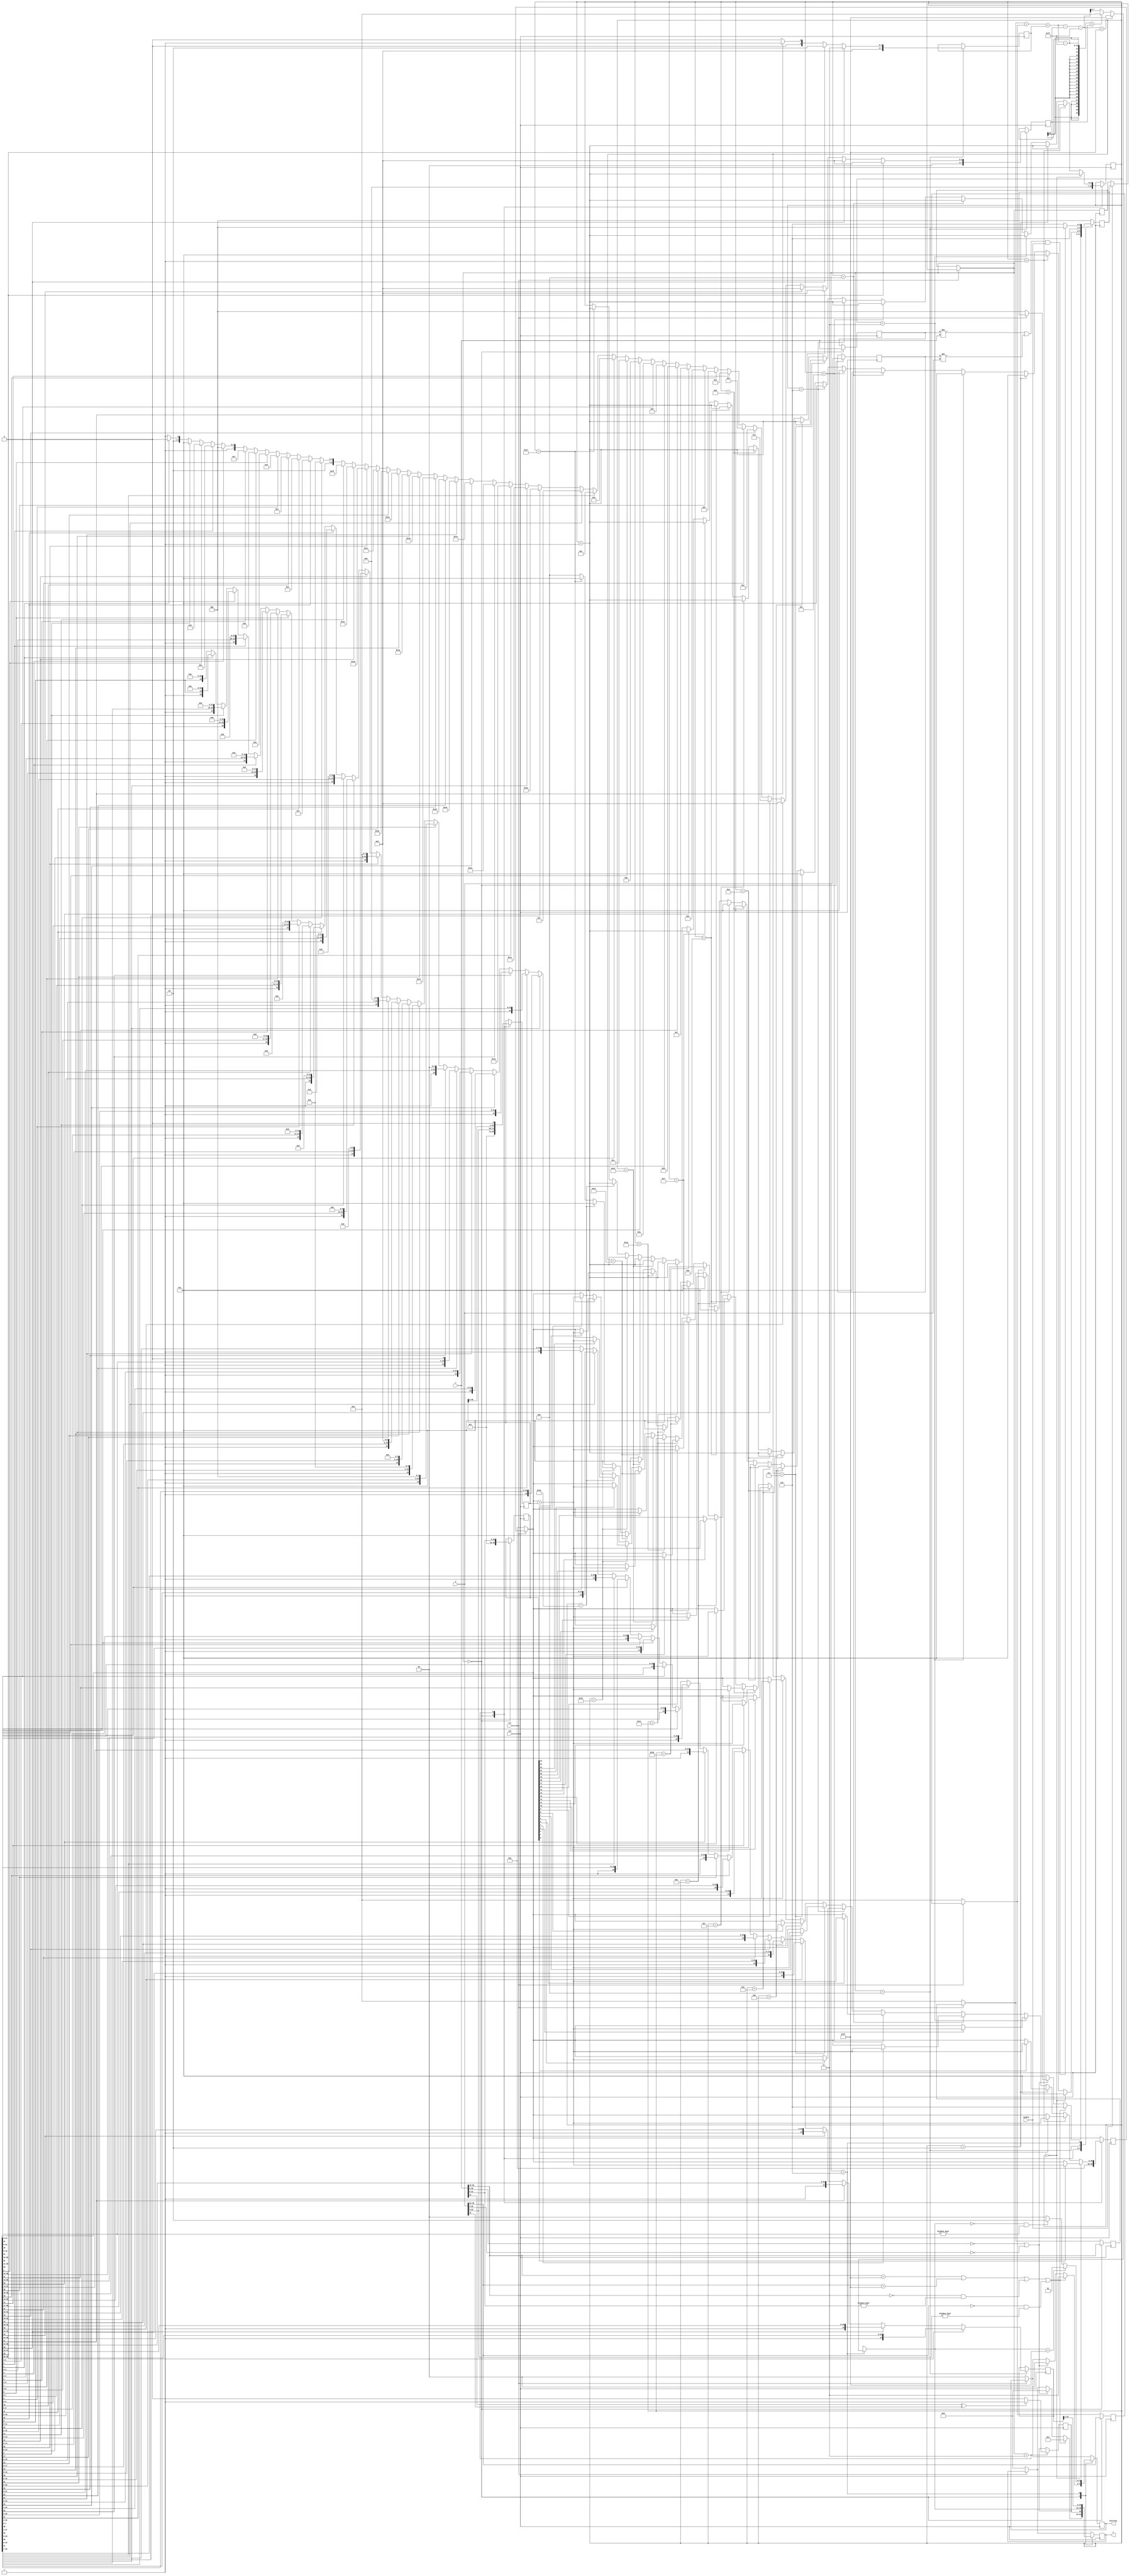
module floatmul(clk, rst, enable, x, y, z,overflow);

   	input clk;
	input rst;
	input enable;
	input [31:0] x;
	input [31:0] y;

        //input add;//add=1:add case  add=0:sub case
	output [31:0] z;
	output [1:0] overflow;//00:no overflow 01:upflow 10:downflow 11:the input does not meet format

	reg [31:0] z; // z=x+y 
	reg[24:0] xm, ym, zm_final; //fraction part, 0+ 1+[22:0]
	reg[49:0] zm, xm1, ym1;
	reg[6:0]  mulshift = 0;
	reg[7:0] xe, ye, ze,teste;  //exponent part
	reg[2:0]	state, nextstate;       //FSM
	reg zsign; //sign part
	reg [1:0] overflow;
	reg [31:0] cmp_x;
	reg [31:0] cmp_y;
	reg [7:0] shift_1, shift_2;
	reg [9:0] e_temp=0;

	parameter start=3'b000,one_zero=3'b001,ex_add=3'b010,mul=3'b011,normalize=3'b100,over =3'b110;

	always @(posedge clk) begin
	    if(!rst)
		   //state = start;
		   begin nextstate = start;
		   xm=0;ym=0;zm=0;xe=0;ye=0;ze=0;overflow=0; z=0;end
	    else if (!enable)
		  begin state=state; nextstate=nextstate; end
			
	    else
		   state = nextstate;

	//game start!
	//always@(state,nextstate,xe,ye,xm,ym,ze,zm) 
begin
		case(state)

		start: //initialize

		  begin
			 cmp_x=x;
			 cmp_y=y;
		    	 xe = x[30:23];
          		 xm = {1'b0,1'b1,x[22:0]};
          		 ye = y[30:23];
			 ym = {1'b0,1'b1,y[22:0]};
			 //if (x[31]) begin xm[22:0]=~(xm[22:0])+1; end
			 //else xm[22:0]=xm[22:0];
			 //if (y[31]) begin ym[22:0]=~(ym[22:0])+1; end
			 //else ym[22:0]=ym[22:0];
			 
			 xm1 = {25'b0, xm[24:0]};
			 ym1 = {25'b0, ym[24:0]};
			 zm = 0;
			 mulshift = 0;

			 //test denormalized cases: 1.one input's exponent is overflow; 2.one input is (!=0)^0
			 if((xe==8'd255)||(ye==8'd255)||((xe==8'd0)&&(xm[22:0]!=23'b0))||((ye==8'd0)&&(ym[22:0]!=23'b0)) )
			 begin
			    	 overflow = 2'b11;
				 nextstate = over; //
				 z = 32'b1; //error case
			 end
			 else if (x[30:0]==31'b0 || y[30:0] == 31'b0) begin z = 32'b0; overflow = 2'b00; end
			 else
			    nextstate = mul;
		  end


		mul://fraction add
		  begin
		    //ze = xe;

			 if((x[31]^y[31])==1'b0) //same +-
			 begin
			   zsign = 0;
			   //zm = xm * ym;
			   //ze = xe+ye;
			 end
			 else
			 begin
			   zsign = 1;
		           //zm = xm * ym;
			   //ze = xe+ye;
			 end

			ze = xe ;//consider that + ye may overflow, this operates in over state
			//zm = xm * ym;
			if (mulshift == 0) begin if(xm1[0]) begin zm = zm + ym1; ym1 = {ym1[48:0],1'b0}; nextstate = mul; mulshift = mulshift + 1; end 
						 else       begin ym1 = {ym1[48:0],1'b0}; nextstate = mul; mulshift = mulshift + 1;end  
					   end 
                        else if (mulshift == 1) begin if(xm1[1]) begin zm = zm + ym1; ym1 = {ym1[48:0],1'b0}; nextstate = mul; mulshift = mulshift + 1; end
                                                 else       begin ym1 = {ym1[48:0],1'b0}; nextstate = mul; mulshift = mulshift + 1;end
                                           end
                        else if (mulshift == 2) begin if(xm1[2]) begin zm = zm + ym1; ym1 = {ym1[48:0],1'b0}; nextstate = mul; mulshift = mulshift + 1; end
                                                 else       begin ym1 = {ym1[48:0],1'b0}; nextstate = mul; mulshift = mulshift + 1;end
                                           end
                        else if (mulshift == 3) begin if(xm1[3]) begin zm = zm + ym1; ym1 = {ym1[48:0],1'b0}; nextstate = mul; mulshift = mulshift + 1; end
                                                 else       begin ym1 = {ym1[48:0],1'b0}; nextstate = mul; mulshift = mulshift + 1;end
                                           end
                        else if (mulshift == 4) begin if(xm1[4]) begin zm = zm + ym1; ym1 = {ym1[48:0],1'b0}; nextstate = mul; mulshift = mulshift + 1; end
                                                 else       begin ym1 = {ym1[48:0],1'b0}; nextstate = mul; mulshift = mulshift + 1;end
                                           end
                        else if (mulshift == 5) begin if(xm1[5]) begin zm = zm + ym1; ym1 = {ym1[48:0],1'b0}; nextstate = mul; mulshift = mulshift + 1; end
                                                 else       begin ym1 = {ym1[48:0],1'b0}; nextstate = mul; mulshift = mulshift + 1;end
                                           end
                        else if (mulshift == 6) begin if(xm1[6]) begin zm = zm + ym1; ym1 = {ym1[48:0],1'b0}; nextstate = mul; mulshift = mulshift + 1; end
                                                 else       begin ym1 = {ym1[48:0],1'b0}; nextstate = mul; mulshift = mulshift + 1;end
                                           end
                        else if (mulshift == 7) begin if(xm1[7]) begin zm = zm + ym1; ym1 = {ym1[48:0],1'b0}; nextstate = mul; mulshift = mulshift + 1; end
                                                 else       begin ym1 = {ym1[48:0],1'b0}; nextstate = mul; mulshift = mulshift + 1;end
                                           end
                        else if (mulshift == 8) begin if(xm1[8]) begin zm = zm + ym1; ym1 = {ym1[48:0],1'b0}; nextstate = mul; mulshift = mulshift + 1; end
                                                 else       begin ym1 = {ym1[48:0],1'b0}; nextstate = mul; mulshift = mulshift + 1;end
                                           end
                        else if (mulshift == 9) begin if(xm1[9]) begin zm = zm + ym1; ym1 = {ym1[48:0],1'b0}; nextstate = mul; mulshift = mulshift + 1; end
                                                 else       begin ym1 = {ym1[48:0],1'b0}; nextstate = mul; mulshift = mulshift + 1;end
                                           end
                        else if (mulshift == 10) begin if(xm1[10]) begin zm = zm + ym1; ym1 = {ym1[48:0],1'b0}; nextstate = mul; mulshift = mulshift + 1; end
                                                 else       begin ym1 = {ym1[48:0],1'b0}; nextstate = mul; mulshift = mulshift + 1;end
                                           end
                        else if (mulshift == 11) begin if(xm1[11]) begin zm = zm + ym1; ym1 = {ym1[48:0],1'b0}; nextstate = mul; mulshift = mulshift + 1; end
                                                 else       begin ym1 = {ym1[48:0],1'b0}; nextstate = mul; mulshift = mulshift + 1;end
                                           end
                        else if (mulshift == 12) begin if(xm1[12]) begin zm = zm + ym1; ym1 = {ym1[48:0],1'b0}; nextstate = mul; mulshift = mulshift + 1; end
                                                 else       begin ym1 = {ym1[48:0],1'b0}; nextstate = mul; mulshift = mulshift + 1;end
                                           end
                        else if (mulshift == 13) begin if(xm1[13]) begin zm = zm + ym1; ym1 = {ym1[48:0],1'b0}; nextstate = mul; mulshift = mulshift + 1; end
                                                 else       begin ym1 = {ym1[48:0],1'b0}; nextstate = mul; mulshift = mulshift + 1;end
                                           end
                        else if (mulshift == 14) begin if(xm1[14]) begin zm = zm + ym1; ym1 = {ym1[48:0],1'b0}; nextstate = mul; mulshift = mulshift + 1; end
                                                 else       begin ym1 = {ym1[48:0],1'b0}; nextstate = mul; mulshift = mulshift + 1;end
                                           end
                        else if (mulshift == 15) begin if(xm1[15]) begin zm = zm + ym1; ym1 = {ym1[48:0],1'b0}; nextstate = mul; mulshift = mulshift + 1; end
                                                 else       begin ym1 = {ym1[48:0],1'b0}; nextstate = mul; mulshift = mulshift + 1;end
                                           end
                        else if (mulshift == 16) begin if(xm1[16]) begin zm = zm + ym1; ym1 = {ym1[48:0],1'b0}; nextstate = mul; mulshift = mulshift + 1; end
                                                 else       begin ym1 = {ym1[48:0],1'b0}; nextstate = mul; mulshift = mulshift + 1;end
                                           end
                        else if (mulshift == 17) begin if(xm1[17]) begin zm = zm + ym1; ym1 = {ym1[48:0],1'b0}; nextstate = mul; mulshift = mulshift + 1; end
                                                 else       begin ym1 = {ym1[48:0],1'b0}; nextstate = mul; mulshift = mulshift + 1;end
                                           end
                        else if (mulshift == 18) begin if(xm1[18]) begin zm = zm + ym1; ym1 = {ym1[48:0],1'b0}; nextstate = mul; mulshift = mulshift + 1; end
                                                 else       begin ym1 = {ym1[48:0],1'b0}; nextstate = mul; mulshift = mulshift + 1;end
                                           end
                        else if (mulshift == 19) begin if(xm1[19]) begin zm = zm + ym1; ym1 = {ym1[48:0],1'b0}; nextstate = mul; mulshift = mulshift + 1; end
                                                 else       begin ym1 = {ym1[48:0],1'b0}; nextstate = mul; mulshift = mulshift + 1;end
                                           end
                        else if (mulshift == 20) begin if(xm1[20]) begin zm = zm + ym1; ym1 = {ym1[48:0],1'b0}; nextstate = mul; mulshift = mulshift + 1; end
                                                 else       begin ym1 = {ym1[48:0],1'b0}; nextstate = mul; mulshift = mulshift + 1;end
                                           end
                        else if (mulshift == 21) begin if(xm1[21]) begin zm = zm + ym1; ym1 = {ym1[48:0],1'b0}; nextstate = mul; mulshift = mulshift + 1; end
                                                 else       begin ym1 = {ym1[48:0],1'b0}; nextstate = mul; mulshift = mulshift + 1;end
                                           end
                        else if (mulshift == 22) begin if(xm1[22]) begin zm = zm + ym1; ym1 = {ym1[48:0],1'b0}; nextstate = mul; mulshift = mulshift + 1; end
                                                 else       begin ym1 = {ym1[48:0],1'b0}; nextstate = mul; mulshift = mulshift + 1;end
                                           end
                        else if (mulshift == 23) begin if(xm1[23]) begin zm = zm + ym1; ym1 = {ym1[48:0],1'b0}; nextstate = mul; mulshift = mulshift + 1; end
                                                 else       begin ym1 = {ym1[48:0],1'b0}; nextstate = mul; mulshift = mulshift + 1;end
                                           end
                        else  begin if(xm1[24]) begin zm = zm + ym1; ym1 = {ym1[48:0],1'b0}; nextstate = normalize;  end
                                                 else       begin ym1 = {ym1[48:0],1'b0}; nextstate = normalize; end
                                           end


		  end

		normalize://
		  begin
		    if (zm[49]) begin zm_final = zm[49:25]; shift_1=3; shift_2 =0; end
		    else if (zm[48]) begin zm_final = zm[48:24]; shift_1=2; shift_2 =0; end
	            else if (zm[47]) begin zm_final = zm[47:23]; shift_1=1; shift_2 =0; end
                    else if (zm[46]) begin zm_final = zm[46:22]; shift_1=0; shift_2 =0; end
                    else if (zm[45]) begin zm_final = zm[45:21]; shift_1=0; shift_2 =0; end
                    else if (zm[44]) begin zm_final = zm[44:20]; shift_1=0; shift_2 =1; end
                    else if (zm[43]) begin zm_final = zm[43:19]; shift_1=0; shift_2 =2; end
                    else if (zm[42]) begin zm_final = zm[42:18]; shift_1=0; shift_2 =3; end
                    else if (zm[41]) begin zm_final = zm[41:17]; shift_1=0; shift_2 =4; end
                    else if (zm[40]) begin zm_final = zm[40:16]; shift_1=0; shift_2 =5; end
                    else if (zm[39]) begin zm_final = zm[39:15]; shift_1=0; shift_2 =6; end
                    else if (zm[38]) begin zm_final = zm[38:14]; shift_1=0; shift_2 =7; end
                    else if (zm[37]) begin zm_final = zm[37:13]; shift_1=0; shift_2 =8; end
                    else if (zm[36]) begin zm_final = zm[36:12]; shift_1=0; shift_2 =9; end
                    else if (zm[35]) begin zm_final = zm[35:11]; shift_1=0; shift_2 =10; end
                    else if (zm[34]) begin zm_final = zm[34:10]; shift_1=0; shift_2 =11; end
                    else if (zm[33]) begin zm_final = zm[33:9]; shift_1=0; shift_2 =12; end
                    else if (zm[32]) begin zm_final = zm[32:8]; shift_1=0; shift_2 =13; end
                    else if (zm[31]) begin zm_final = zm[31:7]; shift_1=0; shift_2 =14; end
                    else if (zm[30]) begin zm_final = zm[30:6]; shift_1=0; shift_2 =15; end
                    else if (zm[29]) begin zm_final = zm[29:5]; shift_1=0; shift_2 =16; end
                    else if (zm[28]) begin zm_final = zm[28:4]; shift_1=0; shift_2 =17; end
                    else if (zm[27]) begin zm_final = zm[27:3]; shift_1=0; shift_2 =18; end
                    else if (zm[26]) begin zm_final = zm[26:2]; shift_1=0; shift_2 =19; end
                    else if (zm[25]) begin zm_final = zm[25:1]; shift_1=0; shift_2 =20; end
                    else if (zm[24]) begin zm_final = zm[24:0]; shift_1=0; shift_2 =21; end
                    else if (zm[23]) begin zm_final = {zm[23:0],1'b0}; shift_1 = 0; shift_2 = 22; end
                    else if (zm[22]) begin zm_final = {zm[22:0],2'b0}; shift_1 = 0; shift_2 = 23; end
                    else if (zm[21]) begin zm_final = {zm[21:0],3'b0}; shift_1 = 0; shift_2 = 24; end
                    else if (zm[20]) begin zm_final = {zm[20:0],4'b0}; shift_1 = 0; shift_2 = 25; end
                    else if (zm[19]) begin zm_final = {zm[19:0],5'b0}; shift_1 = 0; shift_2 = 26; end
                    else if (zm[18]) begin zm_final = {zm[18:0],6'b0}; shift_1 = 0; shift_2 = 27; end
                    else if (zm[17]) begin zm_final = {zm[17:0],7'b0}; shift_1 = 0; shift_2 = 28; end
                    else if (zm[16]) begin zm_final = {zm[16:0],8'b0}; shift_1 = 0; shift_2 = 29; end
                    else if (zm[15]) begin zm_final = {zm[15:0],9'b0}; shift_1 = 0; shift_2 = 30; end
                    else if (zm[14]) begin zm_final = {zm[14:0],10'b0}; shift_1 = 0; shift_2 = 31; end
                    else if (zm[13]) begin zm_final = {zm[13:0],11'b0}; shift_1 = 0; shift_2 = 32; end
                    else if (zm[12]) begin zm_final = {zm[12:0],12'b0}; shift_1 = 0; shift_2 = 33; end
                    else if (zm[11]) begin zm_final = {zm[11:0],13'b0}; shift_1 = 0; shift_2 = 34; end
                    else if (zm[10]) begin zm_final = {zm[10:0],14'b0}; shift_1 = 0; shift_2 = 35; end
                    else if (zm[9]) begin zm_final = {zm[9:0],15'b0}; shift_1 = 0; shift_2 = 36; end
                    else if (zm[8]) begin zm_final = {zm[8:0],16'b0}; shift_1 = 0; shift_2 = 37; end
                    else if (zm[7]) begin zm_final = {zm[7:0],17'b0}; shift_1 = 0; shift_2 = 38; end
                    else if (zm[6]) begin zm_final = {zm[6:0],18'b0}; shift_1 = 0; shift_2 = 39; end
                    else if (zm[5]) begin zm_final = {zm[5:0],19'b0}; shift_1 = 0; shift_2 = 40; end
                    else if (zm[4]) begin zm_final = {zm[4:0],20'b0}; shift_1 = 0; shift_2 = 41; end
                    else if (zm[3]) begin zm_final = {zm[3:0],21'b0}; shift_1 = 0; shift_2 = 42; end
                    else if (zm[2]) begin zm_final = {zm[2:0],22'b0}; shift_1 = 0; shift_2 = 43; end
                    else if (zm[1]) begin zm_final = {zm[1:0],23'b0}; shift_1 = 0; shift_2 = 44; end
                    else  begin zm_final = {zm[0:0],24'b0}; shift_1 = 0; shift_2 = 45; end
		    
		    //if (zsign) begin zm_final[23:1] = ~ (zm_final[23:1]-1) ; end
		    nextstate=over;		
		  end

		over:
		  begin
			 e_temp =xe + ye + shift_1 - shift_2 -127;
			 if (e_temp > 8'd255) begin ze = 8'd255; end
			 else if ((xe + ye + shift_1 -127) < shift_2) begin ze = 8'd0; end
			 else  begin ze = e_temp[7:0]; end
		         z = {zsign, ze[7:0], zm_final[23:1]};
			 //see if it overflows
			 if(ze==8'd255 )
			 begin
			    overflow = 2'b01;
			 end
			 else if((ze==8'd0)&&(zm[22:0]!=23'b0)) //
			 begin
			    overflow = 2'b10;
			 end
			 else
			    overflow = 2'b00;
		    if ((cmp_x!=x || cmp_y!=y) && enable) begin nextstate = start; end
		    else begin nextstate = over; end
	          end

		  default:
		  begin
		    nextstate = start;
		  end
		endcase

end
end

endmodule